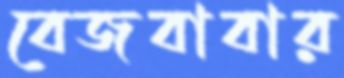
বেজবাবার